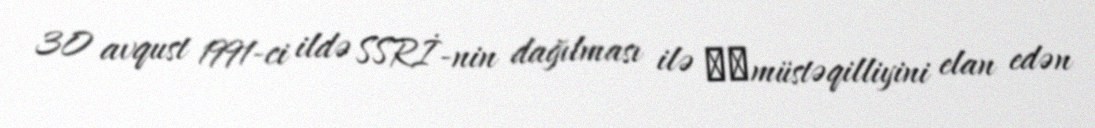
30 avqust 1991-ci ildə SSRİ-nin dağılması ilə ​​müstəqilliyini elan edən